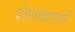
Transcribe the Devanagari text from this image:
वेदालंकारांचे